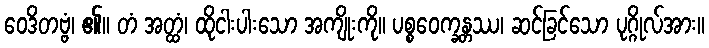
ဝေဒိတဗ္ဗံ၊ ၏။ တံ အတ္ထံ၊ ထိုငါးပါးသော အကျိုးကို။ ပစ္စဝေက္ခန္တဿ၊ ဆင်ခြင်သော ပုဂ္ဂိုလ်အား။